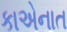
કાએનાત